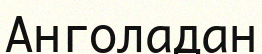
Анголадан